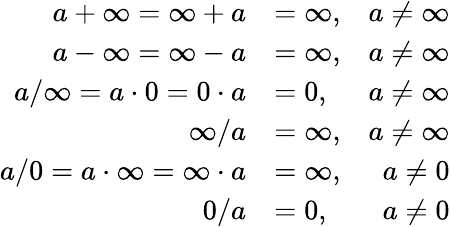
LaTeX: {\begin{array}{rlr}{a+\infty=\infty+a}&{=\infty,}&{a\neq\infty}\\ {a-\infty=\infty-a}&{=\infty,}&{a\neq\infty}\\ {a/\infty=a\cdot 0=0\cdot a}&{=0,}&{a\neq\infty}\\ {\infty/a}&{=\infty,}&{a\neq\infty}\\ {a/0=a\cdot\infty=\infty\cdot a}&{=\infty,}&{a\neq 0}\\ {0/a}&{=0,}&{a\neq 0}\end{array}}